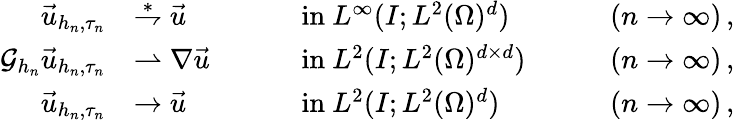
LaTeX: \begin{array}{r}{\begin{array}{rlrlrl}{\vec{u}_{h_{n},\tau_{n}}}&{\overset{\ast}{\rightharpoondown}\vec{u}}&&{\quad\mathrm{~in~}L^{\infty}(I;L^{2}(\Omega)^{d})}&&{\quad(n\to\infty)\, ,}\\ {\mathcal{G}_{h_{n}}\vec{u}_{h_{n},\tau_{n}}}&{\rightharpoonup\nabla\vec{u}}&&{\quad\mathrm{~in~}L^{2}(I;L^{2}(\Omega)^{d\times d})}&&{\quad(n\to\infty)\, ,}\\ {\vec{u}_{h_{n},\tau_{n}}}&{\to\vec{u}}&&{\quad\mathrm{~in~}L^{2}(I;L^{2}(\Omega)^{d})}&&{\quad(n\to\infty)\, ,}\end{array}}\end{array}